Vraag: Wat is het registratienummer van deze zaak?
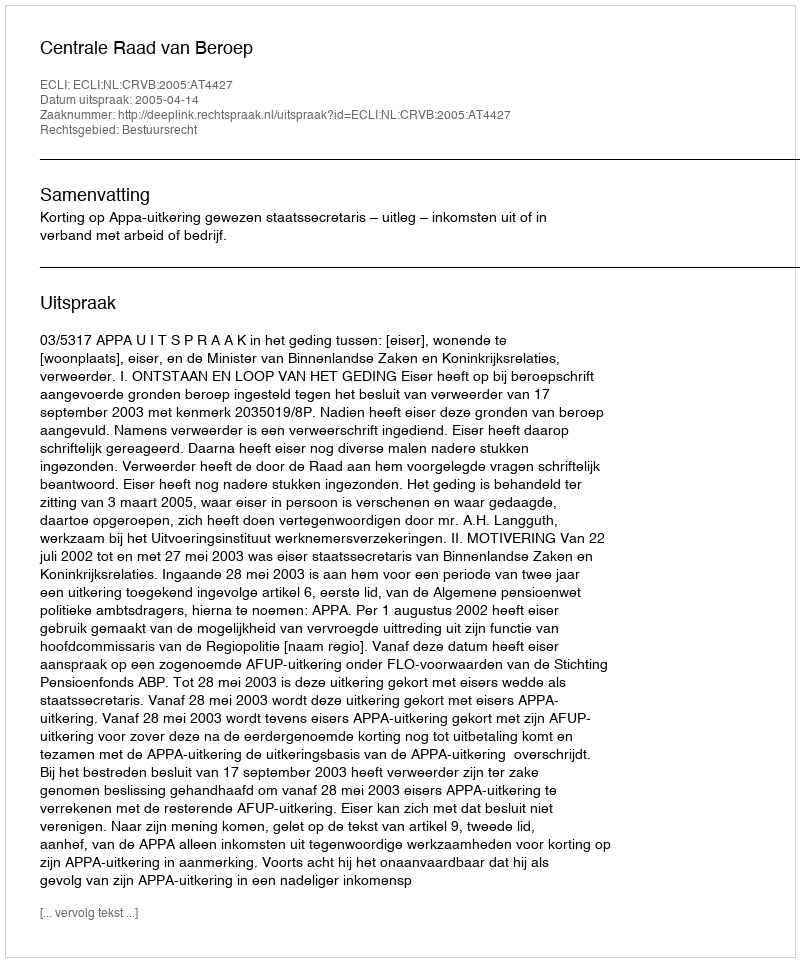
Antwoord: http://deeplink.rechtspraak.nl/uitspraak?id=ECLI:NL:CRVB:2005:AT4427